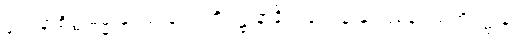
ဝေဒနာစိတ္တဓမ္မာနုပဿနာသတိပဋ္ဌာနာနိပိ၊ ဝေဒနာနုပဿနာ သတိပဋ္ဌာန်